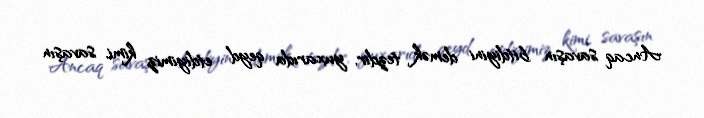
Ancaq savaşın bitdiyini demək tezdir, yuxarıda qeyd etdiyimiz kimi, savaşın